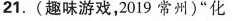
21.(趣味游戏，2019常州)”化